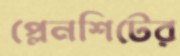
প্লেনশিটের